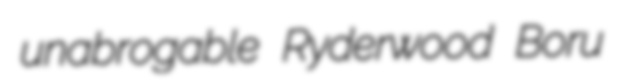
unabrogable Ryderwood Boru